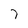
Character: 7